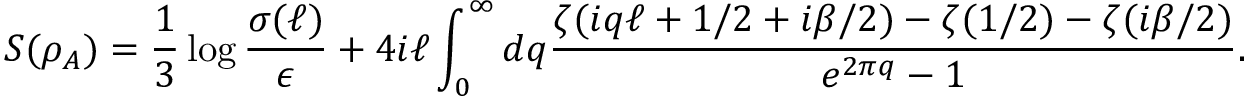
S ( \rho _ { A } ) = \frac { 1 } { 3 } \log \frac { \sigma ( \ell ) } { \epsilon } + 4 i \ell \int _ { 0 } ^ { \infty } d q \frac { \zeta ( i q \ell + 1 / 2 + i \beta / 2 ) - \zeta ( 1 / 2 ) - \zeta ( i \beta / 2 ) } { e ^ { 2 \pi q } - 1 } .